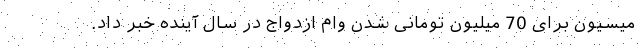
میسیون برای 70 میلیون تومانی شدن وام ازدواج در سال آینده خبر داد.